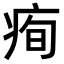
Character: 𤶇